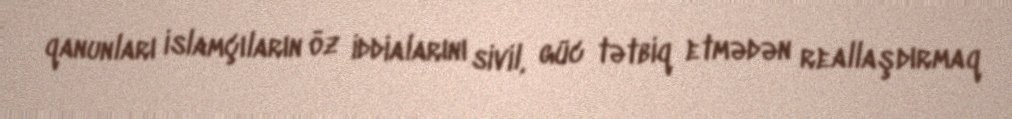
qanunları islamçıların öz iddialarını sivil, güc tətbiq etmədən reallaşdırmaq